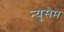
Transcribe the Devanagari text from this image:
न्युसैम